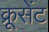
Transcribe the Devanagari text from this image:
क्रूसेंट